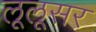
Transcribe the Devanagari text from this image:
लूलूसर